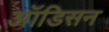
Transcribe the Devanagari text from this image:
ऑडिसन